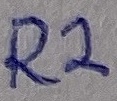
Text: R2